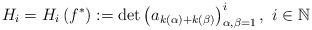
LaTeX: \begin{align*}H_{i}=H_{i}\left( f^{\ast }\right) :=\det \left( a_{k\left( \alpha \right)+k(\beta) }\right) _{\alpha ,\beta =1}^{i},\ i\in \mathbb{N} \end{align*}